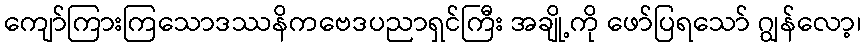
ကျော်ကြားကြသောဒဿနိကဗေဒပညာရှင်ကြီး အချို့ကို ဖော်ပြရသော် ဂျွန်လော့၊